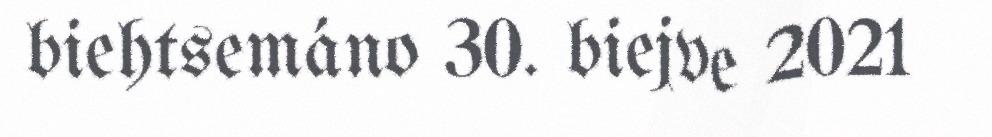
biehtsemáno 30. biejve 2021